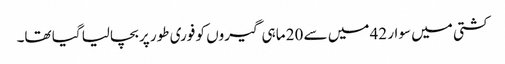
کشتی میں سوار 42 میں سے 20 ماہی گیروں کو فوری طور پر بچالیا گیا تھا۔